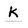
Character: k